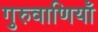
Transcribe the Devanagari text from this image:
गुरुवाणियाँ